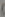
)